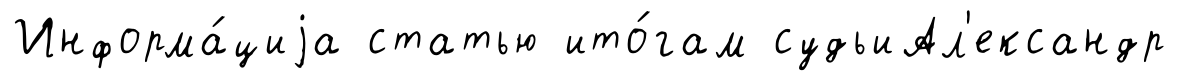
Информа́циjа статью ито́гам судьиАл'ександр